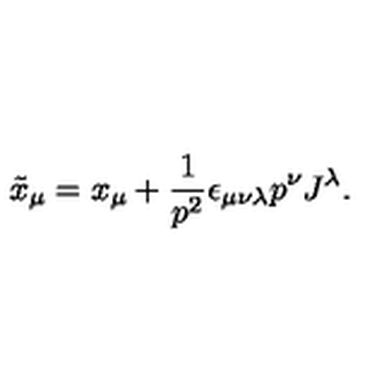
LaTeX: \tilde { x } _ { \mu } = x _ { \mu } + \frac { 1 } { p ^ { 2 } } \epsilon _ { \mu \nu \lambda } p ^ { \nu } J ^ { \lambda } .